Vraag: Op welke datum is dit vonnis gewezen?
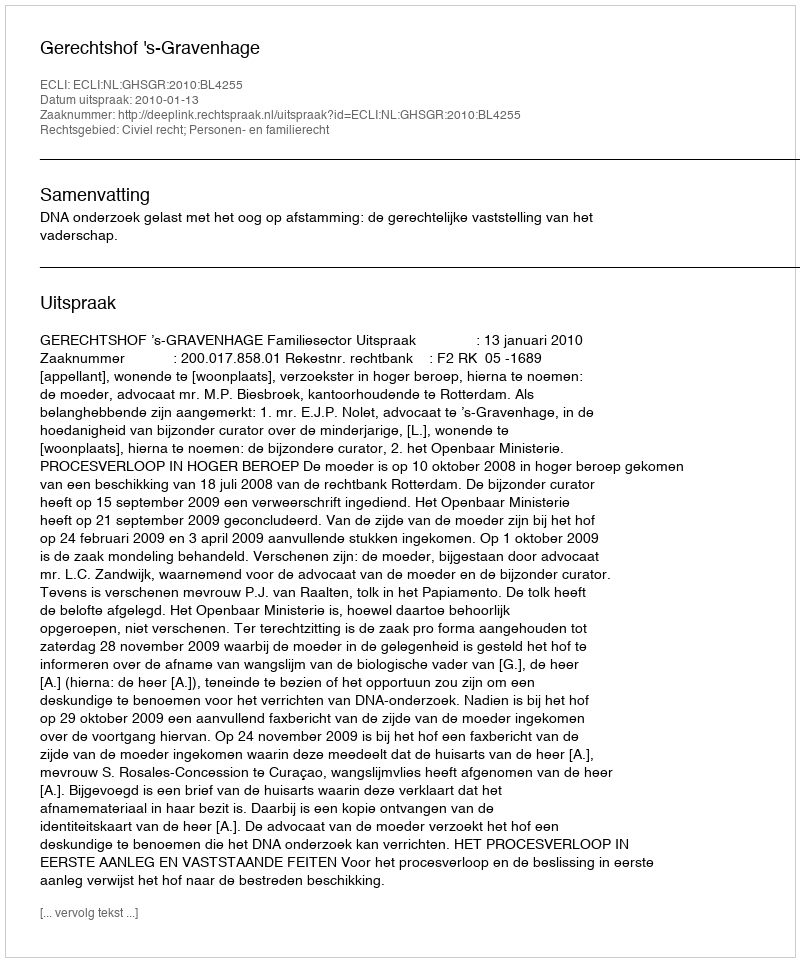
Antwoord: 2010-01-13